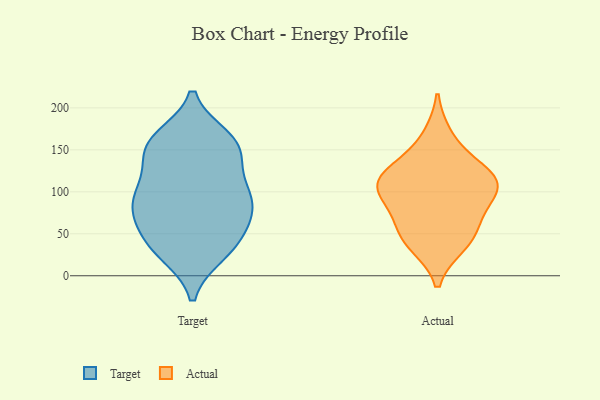
{"axis": {"x": "Population (Million)", "y": "Value"}, "legend": ["Actual", "Target"], "data": [{"x": "", "y": 156, "type": "Target"}, {"x": "", "y": 155, "type": "Target"}, {"x": "", "y": 26, "type": "Target"}, {"x": "", "y": 41, "type": "Target"}, {"x": "", "y": 75, "type": "Target"}, {"x": "", "y": 81, "type": "Target"}, {"x": "", "y": 163, "type": "Target"}, {"x": "", "y": 26, "type": "Target"}, {"x": "", "y": 122, "type": "Target"}, {"x": "", "y": 150, "type": "Target"}, {"x": "", "y": 89, "type": "Target"}, {"x": "", "y": 99, "type": "Target"}, {"x": "", "y": 50, "type": "Target"}, {"x": "", "y": 103, "type": "Target"}, {"x": "", "y": 164, "type": "Target"}, {"x": "", "y": 35, "type": "Target"}, {"x": "", "y": 79, "type": "Target"}, {"x": "", "y": 65, "type": "Target"}, {"x": "", "y": 146, "type": "Target"}, {"x": "", "y": 101, "type": "Target"}, {"x": "", "y": 37, "type": "Actual"}, {"x": "", "y": 132, "type": "Actual"}, {"x": "", "y": 90, "type": "Actual"}, {"x": "", "y": 110, "type": "Actual"}, {"x": "", "y": 166, "type": "Actual"}, {"x": "", "y": 121, "type": "Actual"}, {"x": "", "y": 66, "type": "Actual"}, {"x": "", "y": 40, "type": "Actual"}, {"x": "", "y": 117, "type": "Actual"}, {"x": "", "y": 103, "type": "Actual"}, {"x": "", "y": 56, "type": "Actual"}, {"x": "", "y": 100, "type": "Actual"}]}